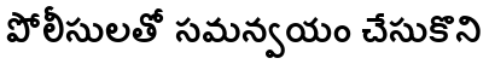
పోలీసులతో సమన్వయం చేసుకొని